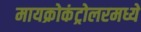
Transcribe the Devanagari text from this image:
मायक्रोकंट्रोलरमध्ये